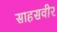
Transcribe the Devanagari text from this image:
साहसवीर